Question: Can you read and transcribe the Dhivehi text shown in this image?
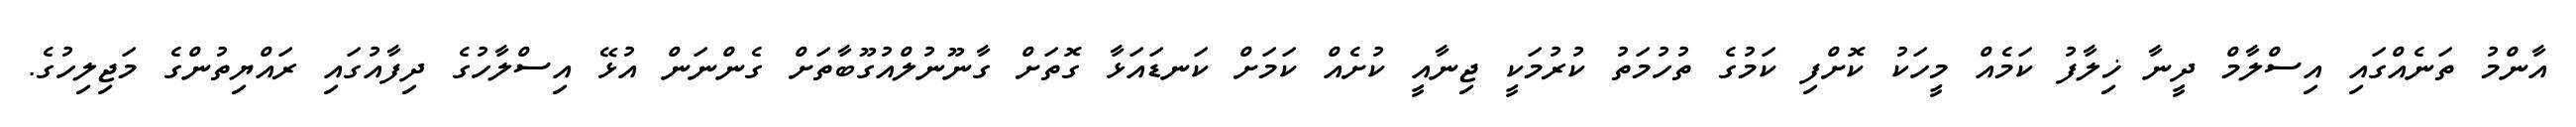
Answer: އާންމު ތަނެއްގައި އިސްލާމް ދީނާ ޚިލާފު ކަމެއް މީހަކު ކޮށްފި ކަމުގެ ތުހުމަތު ކުރުމަކީ ޖިނާއީ ކުށެއް ކަމަށް ކަނޑައަޅާ ގޮތަށް ގާނޫނުލްއުގޫބާތަށް ގެންނަން އުޅޭ އިސްލާހުގެ ދިފާއުގައި ރައްޔިތުންގެ މަޖިލިހުގެ.